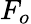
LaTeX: F_{o}